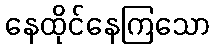
နေထိုင်နေကြသော